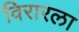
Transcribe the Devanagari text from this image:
विरारला